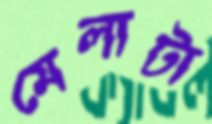
মেলাটা